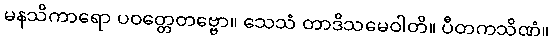
မနသိကာရော ပဝတ္တေတဗ္ဗော။ သေသံ တာဒိသမေဝါတိ။ ပီတကသိဏံ။